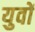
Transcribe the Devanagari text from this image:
युवों